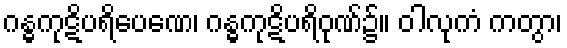
ဂန္ဓကုဋိပရိပေဏေ၊ ဂန္ဓကုဋိပရိဝုဏ်၌။ ဝါလုကံ ကတွာ၊